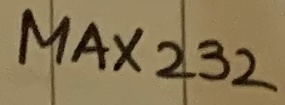
Text: MAX232